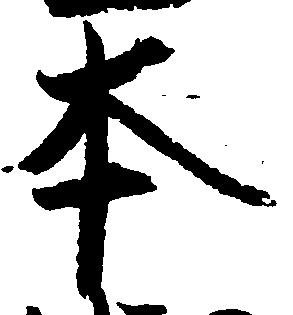
本